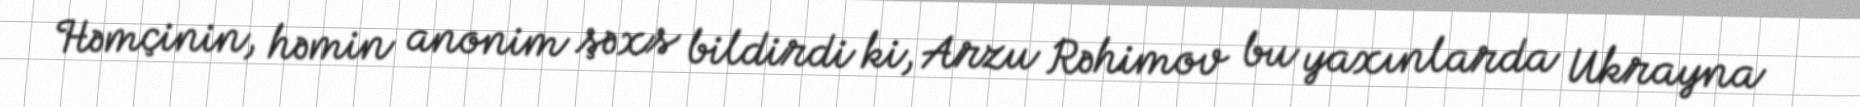
Həmçinin, həmin anonim şəxs bildirdi ki, Arzu Rəhimov bu yaxınlarda Ukrayna